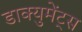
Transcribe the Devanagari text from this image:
डाक्युमेंट्स